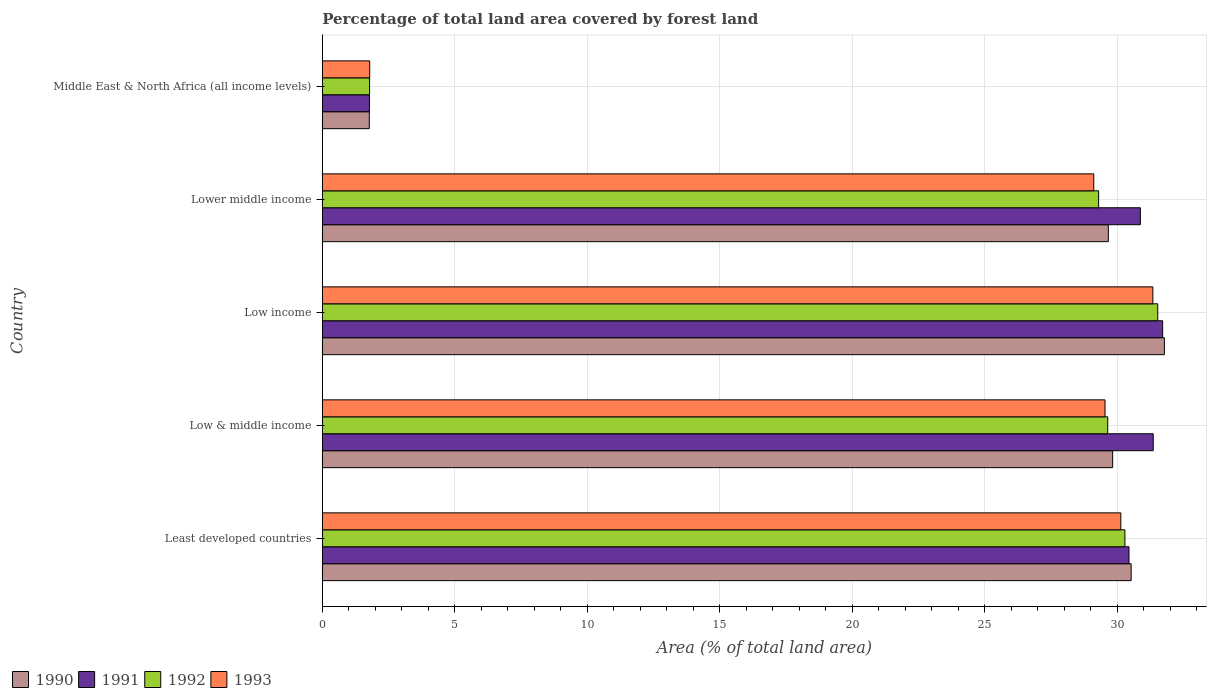
| Country | 1990 | 1991 | 1992 | 1993 |
 | --- | --- | --- | --- | --- |
 | Least developed countries | 30.5 | 30.5 | 30.3 | 30.1 |
 | Low & middle income | 29.8 | 31.4 | 29.6 | 29.5 |
 | Low income | 31.8 | 31.7 | 31.5 | 31.4 |
 | Lower middle income | 29.7 | 30.9 | 29.3 | 29.1 |
 | Middle East & North Africa (all income levels) | 1.77 | 1.78 | 1.78 | 1.79 |